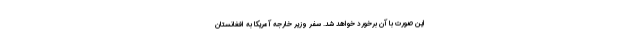
این صورت با آن برخورد خواهد شد. سفر وزیر خارجه آمریکا به افغانستان